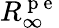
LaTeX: R_{\infty}^{\mathrm{~p~e~}}